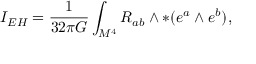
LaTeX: I _ { E H } = \frac { 1 } { 3 2 \pi G } \int _ { M ^ { 4 } } R _ { a b } \wedge \ast ( e ^ { a } \wedge e ^ { b } ) ,